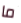
ما